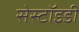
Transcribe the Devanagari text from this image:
सेस्टॉइडी